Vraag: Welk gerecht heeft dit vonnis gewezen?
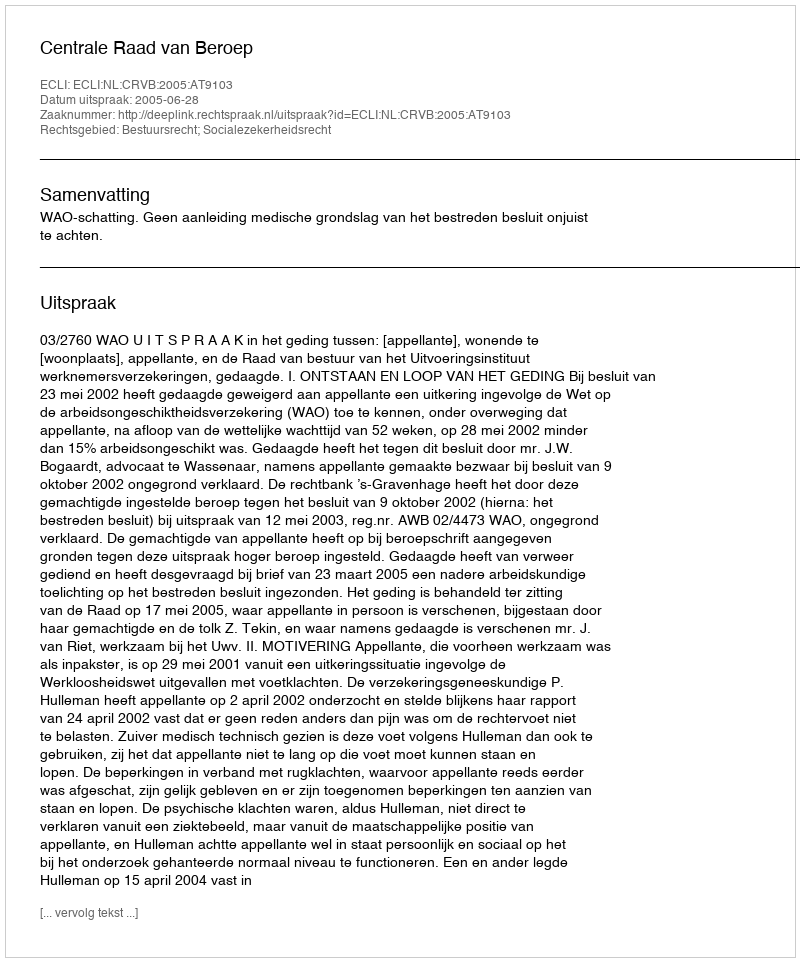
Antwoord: Centrale Raad van Beroep